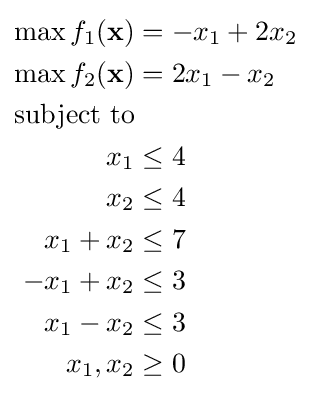
{\begin{aligned}\max f_{1}(\mathbf {x} )&=-x_{1}+2x_{2}\\\max f_{2}(\mathbf {x} )&=2x_{1}-x_{2}\\{\text{subject to}}\\x_{1}&\leq 4\\x_{2}&\leq 4\\x_{1}+x_{2}&\leq 7\\-x_{1}+x_{2}&\leq 3\\x_{1}-x_{2}&\leq 3\\x_{1},x_{2}&\geq 0\end{aligned}}